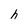
Character: h